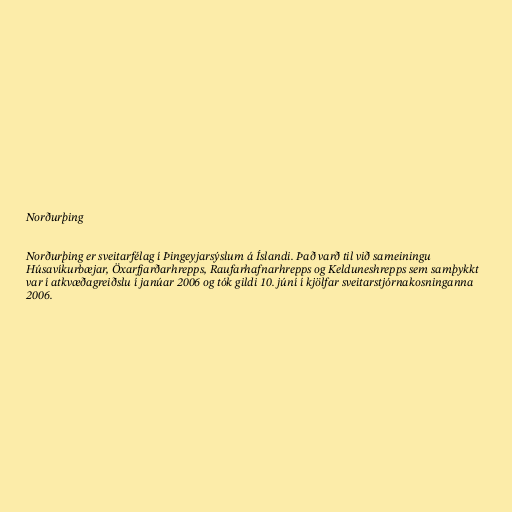
Norðurþing

Norðurþing er sveitarfélag í Þingeyjarsýslum á Íslandi. Það varð til við sameiningu
Húsavíkurbæjar, Öxarfjarðarhrepps, Raufarhafnarhrepps og Kelduneshrepps sem samþykkt
var í atkvæðagreiðslu í janúar 2006 og tók gildi 10. júní í kjölfar sveitarstjórnakosninganna
2006.